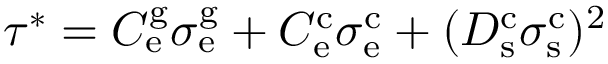
\tau ^ { * } = C _ { \mathrm { e } } ^ { \mathrm { g } } \sigma _ { \mathrm { e } } ^ { \mathrm { g } } + C _ { \mathrm { e } } ^ { \mathrm { c } } \sigma _ { \mathrm { e } } ^ { \mathrm { c } } + ( D _ { \mathrm { s } } ^ { \mathrm { c } } \sigma _ { \mathrm { s } } ^ { \mathrm { c } } ) ^ { 2 }